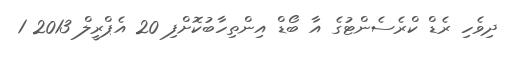
ދިވެހި ރެޑް ކްރެސެންޓުގެ އާ ބޯޑް އިންތިހާބުކޮށްފި 20 އެޕްރީލް 2013 1